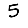
Digit: 5